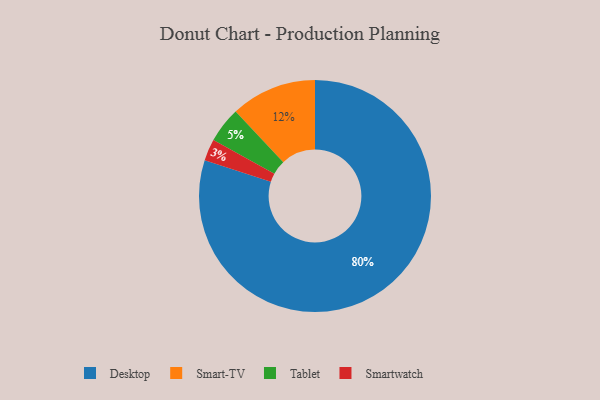
{"axis": {"x": "Category", "y": "Percentage"}, "legend": ["Desktop", "Smart-TV", "Smartwatch", "Tablet"], "data": [{"x": "Smart-TV", "y": 12, "type": "Smart-TV"}, {"x": "Smartwatch", "y": 3, "type": "Smartwatch"}, {"x": "Desktop", "y": 80, "type": "Desktop"}, {"x": "Tablet", "y": 5, "type": "Tablet"}]}